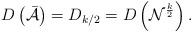
LaTeX: \begin{align*}D\left( \mathcal{\bar{A}}\right) =D_{k/2}=D\left( \mathcal{N}^{\frac{k}{2}}\right) . \end{align*}